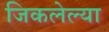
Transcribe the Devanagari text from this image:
जिकलेल्या